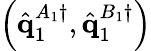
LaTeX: \left(\hat{\mathbf{q}}_{1}^{A_{1}\dagger},\hat{\mathbf{q}}_{1}^{B_{1}\dagger}\right)